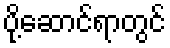
ပို့ဆောင်ရာတွင်